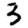
Digit: 3